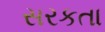
સરકતા